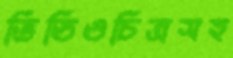
ভিডিওচিত্রসহ